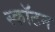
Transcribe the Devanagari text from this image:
स्कॉटन